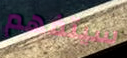
سيتفهم